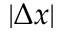
| \Delta x |